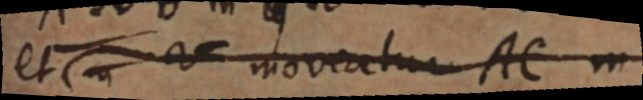
et V moveatur AC n